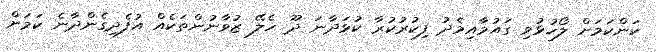
ކަންކަމަށް ލޯހުޅުވި ގައުމާއިމެދު ފިކުރުކުރާ ކުޅަދާނަ ދޫ ހެލޭ ޒުވާނުންތަކެއް އުފެދިގެންދާނެ ކަމަށް